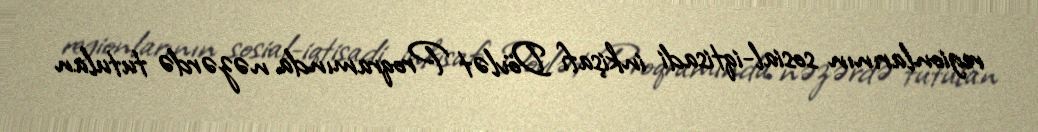
regionlarının sosial-iqtisadi inkişafı Dövlət Proqramında nəzərdə tutulan